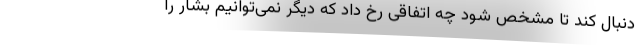
دنبال کند تا مشخص شود چه اتفاقی رخ داد که دیگر نمی‌توانیم بشار را